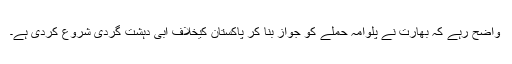
واضح رہے کہ بھارت نے پلوامہ حملے کو جواز بنا کر پاکستان کیخلاف آبی دہشت گردی شروع کردی ہے۔